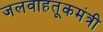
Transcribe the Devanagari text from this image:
जलवाहतूकमंत्री